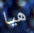
هيا